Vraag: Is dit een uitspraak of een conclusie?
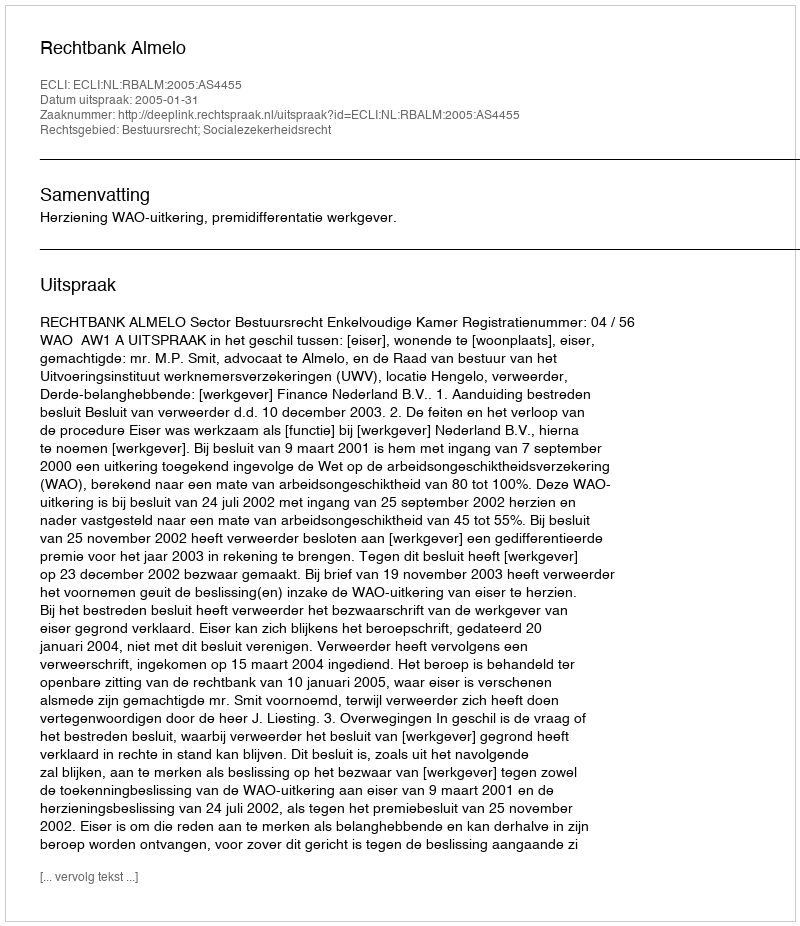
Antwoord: Uitspraak